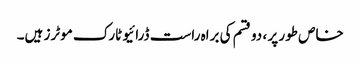
خاص طور پر ، دو قسم کی براہ راست ڈرائیو ٹارک موٹرز ہیں۔